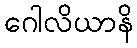
ဂေါလိယာနိ